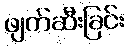
ဖျက်ဆီးခြင်း